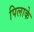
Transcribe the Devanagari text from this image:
पिलाके